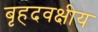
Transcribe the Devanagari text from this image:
बृहदवक्षीय